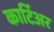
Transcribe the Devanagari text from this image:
कार्टिअर